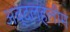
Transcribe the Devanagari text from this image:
अब्दलहलीम